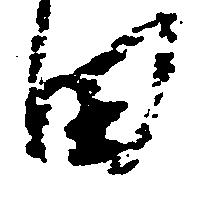
田